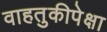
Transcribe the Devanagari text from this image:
वाहतुकीपेक्षा